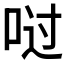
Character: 𫪀